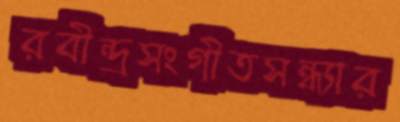
রবীন্দ্রসংগীতসন্ধ্যার